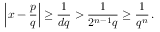
\left| x - { \frac { p } { q } } \right| \geq { \frac { 1 } { d q } } > { \frac { 1 } { 2 ^ { n - 1 } q } } \geq { \frac { 1 } { q ^ { n } } } \, .